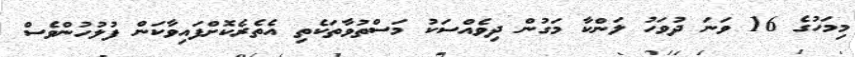
މިމަހުގެ 16 ވަނަ ދުވަހު ލަންކާ މަގުން ދިވެއްސަކު މަސްތުވާތަކެތި އެތެރެކޮށްފައިވާކަން ފުލުހުންވެސް